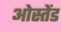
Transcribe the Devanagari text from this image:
ओस्तेंड